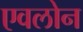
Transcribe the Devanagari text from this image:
एवलोन